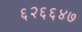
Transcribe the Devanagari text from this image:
६२६६४७